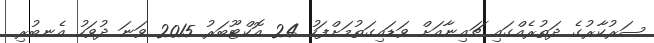
ސަރުކާރުގެ ދަތުރެއްގައި ޗައިނާއަށް ވަޑައިގަތުމަށްފަހު 24 އޮކްޓޫބަރު 2015 ވަނަ ދުވަހު އެނބުރި